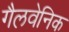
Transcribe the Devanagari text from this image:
गैलवेनिक